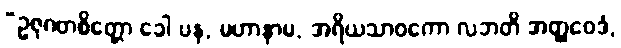
“ဥဇုဂတစိတ္တော ခေါ ပန, မဟာနာမ, အရိယသာဝကော လဘတိ အတ္ထဝေဒံ,